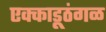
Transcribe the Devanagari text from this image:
एक्काडूठंगळ